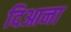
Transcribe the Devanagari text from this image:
दिआना